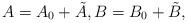
LaTeX: \begin{align*} A=A_0+\tilde{A}, B=B_0+\tilde{B},\end{align*}